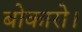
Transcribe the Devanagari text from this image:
बोकारो।